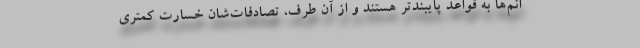
انم‌ها به قواعد پایبندتر هستند و از آن طرف، تصادفات‌شان خسارت کمتری